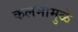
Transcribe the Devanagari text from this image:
कलमामुळे